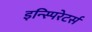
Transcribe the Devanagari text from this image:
इन्स्पिरेटर्स